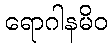
ရောဂါနမိဝ